Scottish Leaving Certificate Examination, 1957
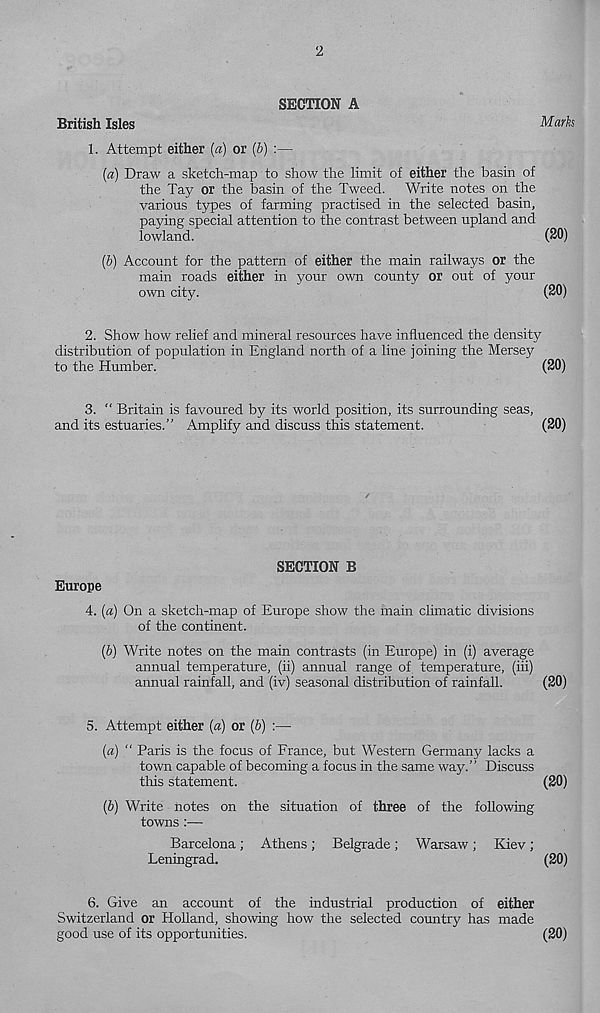
2
SECTION A
British Isles
Marks
1. Attempt either la) or (5)
(a) Draw a sketch-map to show the limit of either the basin of
the Tay or the basin of the Tweed. Write notes on the
various types of farming practised in the selected basin,
paying special attention to the contrast between upland and
lowland.
(20)
(&) Account for the pattern of either the main railways or the
main roads either in your own county or out of your
own city.
(20)
2. Show how relief and mineral resources have influenced the density
distribution of population in England north of a line joining the Mersey
to the Humber.
(20)
3. “ Britain is favoured by its world position, its surrounding seas,
and its estuaries.” Amplify and discuss this statement.
(20)
Europe
SECTION B
4. [a) On a sketch-map of Europe show the main climatic divisions
of the continent.
(b) Write notes on the main contrasts (in Europe) in (i) average
annual temperature, (ii) annual range of temperature, (iii)
annual rainfall, and (iv) seasonal distribution of rainfall.
(20)
5. Attempt either (a) or (b) :—
(a) “ Paris is the focus of France, but Western Germany lacks a
town capable of becoming a focus in the same way.” Discuss
this statement.
(20)
[b] Write notes on the situation of three of the following
towns :—
Barcelona; Athens; Belgrade; Warsaw; Kiev;
Leningrad.
(20)
6. Give an account of the industrial production of either
Switzerland or Holland, showing how the selected country has made
good use of its opportunities.
(20)